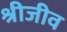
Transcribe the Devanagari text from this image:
श्रीजीव